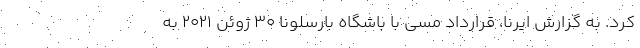
کرد. به گزارش ایرنا، قرارداد مسی با باشگاه بارسلونا ۳۰ ژوئن ۲۰۲۱ به